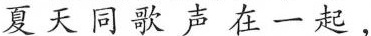
夏天同歌声在一起，